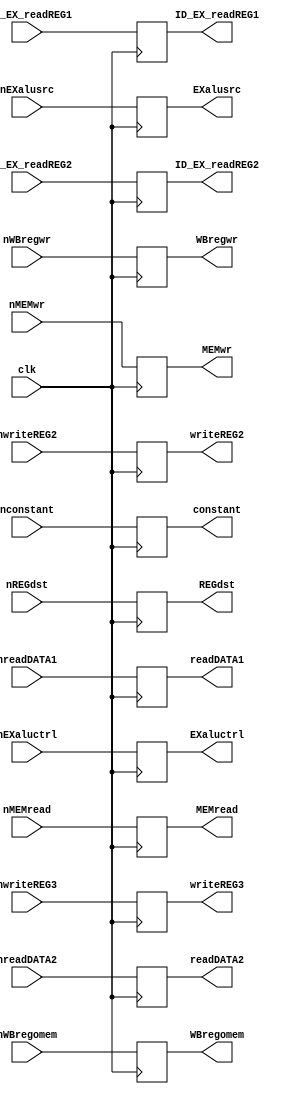
`timescale 1ns / 1ps
module ID_EX(
nWBregwr,nWBregomem,nMEMwr,nEXalusrc,nEXaluctrl, nreadDATA1,nreadDATA2, nconstant,nwriteREG3, 
WBregwr,WBregomem,MEMwr,EXalusrc,EXaluctrl, readDATA1,readDATA2, constant,writeREG3,clk
,nwriteREG2,writeREG2,REGdst,nREGdst,nMEMread,MEMread,
nID_EX_readREG1,ID_EX_readREG1,nID_EX_readREG2,ID_EX_readREG2);
input nWBregwr,nWBregomem,nMEMwr,nEXalusrc,clk,nREGdst,nMEMread;
input [2:0]nEXaluctrl;
input [7:0]nreadDATA1,nreadDATA2;
input [7:0]nconstant;
input [2:0]nwriteREG3,nwriteREG2,nID_EX_readREG1,nID_EX_readREG2;

output reg WBregwr,WBregomem,MEMwr,EXalusrc,REGdst,MEMread;
output reg [2:0]EXaluctrl;
output reg [7:0]readDATA1,readDATA2;
output reg [7:0]constant;
output reg [2:0]writeREG3,writeREG2,ID_EX_readREG1,ID_EX_readREG2;

always@(posedge clk)
begin
	WBregwr<=nWBregwr;
	WBregomem<=nWBregomem;
	MEMwr<=nMEMwr;
	EXalusrc<=nEXalusrc;
	EXaluctrl<=nEXaluctrl;
	readDATA1<=nreadDATA1;
	readDATA2<=nreadDATA2;
	constant<=nconstant;
	writeREG3<=nwriteREG3;
	writeREG2<=nwriteREG2;
	REGdst<=nREGdst;
	MEMread<=nMEMread;
	ID_EX_readREG1<=nID_EX_readREG1;
	ID_EX_readREG2<=nID_EX_readREG2;
end

endmodule